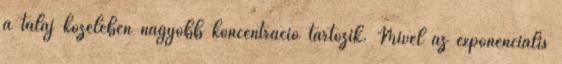
a talaj közelében nagyobb koncentráció tartozik. Mivel az exponenciális